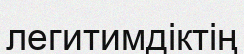
легитимдіктің